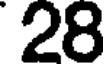
28